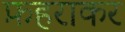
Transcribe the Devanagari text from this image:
फ़हराकर